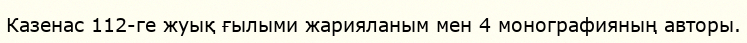
Казенас 112-ге жуық ғылыми жарияланым мен 4 монографияның авторы.